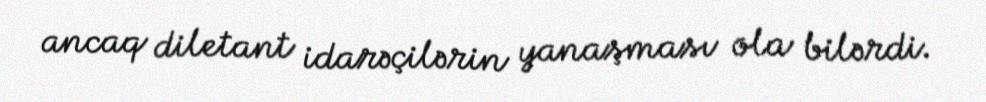
ancaq diletant idarəçilərin yanaşması ola bilərdi.